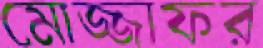
মোজ্জাফর